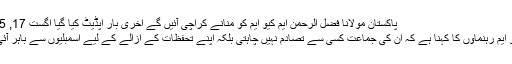
پاکستان مولانا فضل الرحمن ایم کیو ایم کو منانے کراچی آئیں گے آخری بار اپڈیٹ کیا گیا اگست 17, 2015
ایم کیو ایم رہنماؤں کا کہنا ہے کہ ان کی جماعت کسی سے تصادم نہیں چاہتی بلکہ اپنے تحفظات کے ازالے کے لیے اسمبلیوں سے باہر آئی ہے۔